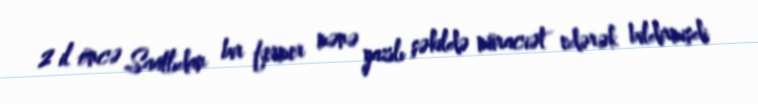
2 il öncə Saatlıdan bir fermer mənə yazılı şəkildə müraciət edərək bildirmişdi